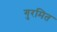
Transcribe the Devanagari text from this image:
गुरमित